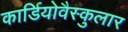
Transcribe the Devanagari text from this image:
कार्डियोवैस्कुलार